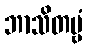
ဘာသိတဗ္ဗံ